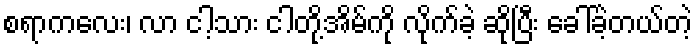
စရာကလေး၊ လာ ငါ့သား ငါတို့အိမ်ကို လိုက်ခဲ့ ဆိုပြီး ခေါ်ခဲ့တယ်တဲ့